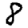
Digit: 8